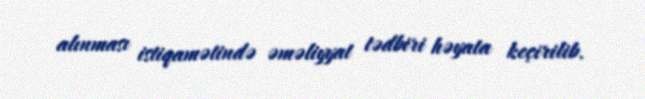
alınması istiqamətində əməliyyat tədbiri həyata keçirilib.